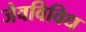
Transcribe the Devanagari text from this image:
जैवविविध